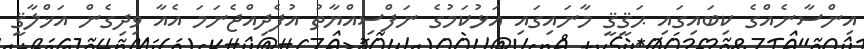
އިންސާނެއްގެ ކިބައިގައި ޙަޤީޤީ މާނައިގައި އަޅުކަމުގެ ނަފްސިއްޔާތު އުފެދިއްޖެނަމަ އެއާ ވިދިގެން އަޚްލާޤީ